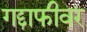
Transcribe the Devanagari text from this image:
गद्दाफीवर